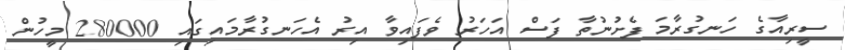
ސީރިއާގެ ހަނގުރާމަ ފެށުނުތާ ފަސް އަހަރު ވެފައިވާ އިރު އެހަނގުރާމައިގައި 280000 މީހުން